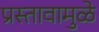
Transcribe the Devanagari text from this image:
प्रस्तावामुळे